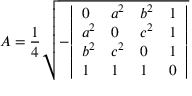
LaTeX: A = { \frac { 1 } { 4 } } { \sqrt { - { \left| \begin{array} { l l l l } { 0 } & { a ^ { 2 } } & { b ^ { 2 } } & { 1 } \\ { a ^ { 2 } } & { 0 } & { c ^ { 2 } } & { 1 } \\ { b ^ { 2 } } & { c ^ { 2 } } & { 0 } & { 1 } \\ { 1 } & { 1 } & { 1 } & { 0 } \end{array} \right| } } }